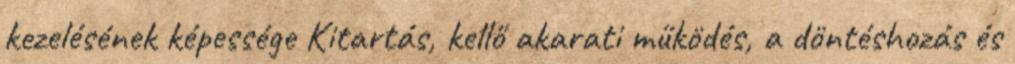
kezelésének képessége Kitartás, kellő akarati működés, a döntéshozás és